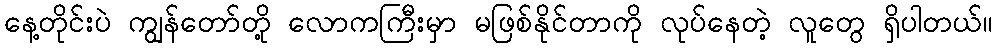
နေ့တိုင်းပဲ ကျွန်တော်တို့ လောကကြီးမှာ မဖြစ်နိုင်တာကို လုပ်နေတဲ့ လူတွေ ရှိပါတယ်။